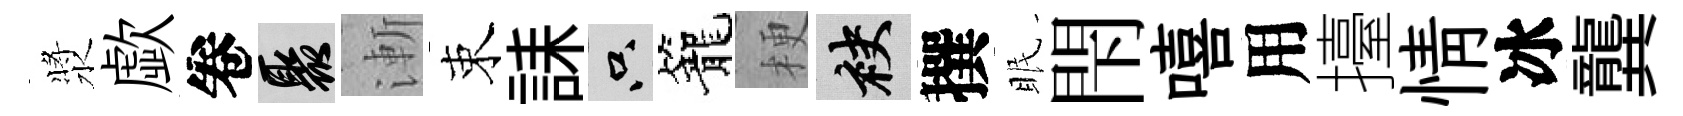
漿歔卷聚漸束誄只籠梗袂撰眠閇嘻用擡情冰龔